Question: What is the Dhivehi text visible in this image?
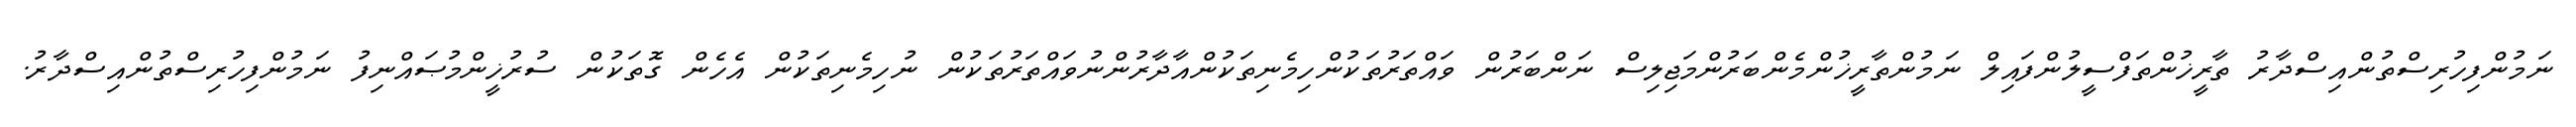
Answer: ނަމުންފިހުރިސްތުންއިސްދާރު ތާރީޚުންތަފްސީލުންފައިލް ނަމުންތާރީޚުންމެންބަރުންމަޖިލިސް ނަންބަރުން ވައްތަރުތަކުންހިމެނިތަކުންއާދާރުންނުވައްތަރުތަކުން ނުހިމެނިތަކުން އެހެން ގޮތަކުން ސުރުޚީންމުޞައްނިފު ނަމުންފިހުރިސްތުންއިސްދާރު.